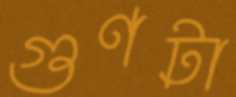
গুণটা